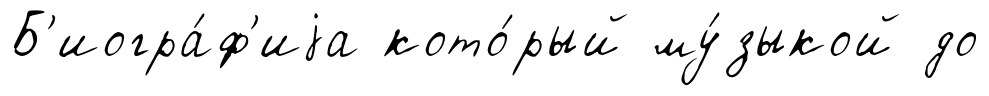
Б'иогра́ф'иjа кото́рый му́зыкой до